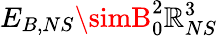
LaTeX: E_{B,NS}\simB_{0}^{2}\mathbb{R}_{NS}^{3}